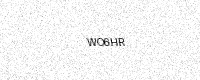
Text: WO6HR